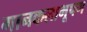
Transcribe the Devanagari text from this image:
गानकलाभूषण